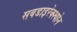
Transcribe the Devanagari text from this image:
सबडाइरेक्श्योन